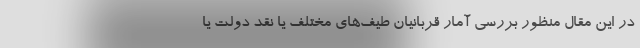
در این مقال منظور بررسی آمار قربانیان طیف‌های مختلف یا نقد دولت یا